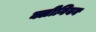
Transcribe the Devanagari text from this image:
क्लीनियन